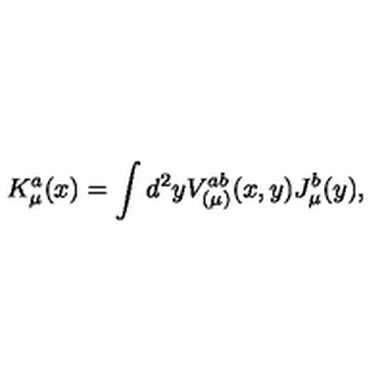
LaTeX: K _ { \mu } ^ { a } ( x ) = \int d ^ { 2 } y V _ { ( \mu ) } ^ { a b } ( x , y ) J _ { \mu } ^ { b } ( y ) ,